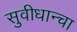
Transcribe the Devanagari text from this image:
सुवीधान्चा